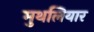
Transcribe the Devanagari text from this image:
मुथलियार